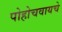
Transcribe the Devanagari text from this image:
पोहोचवायचे